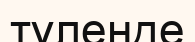
түленде